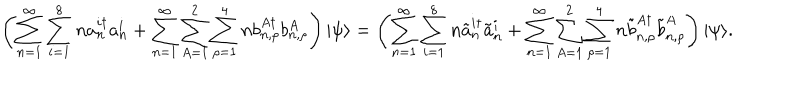
LaTeX: \left( \sum _ { n = 1 } ^ { \infty } \sum _ { i = 1 } ^ { 8 } n a _ { n } ^ { i \dagger } a _ { n } ^ { i } + \sum _ { n = 1 } ^ { \infty } \sum _ { A = 1 } ^ { 2 } \sum _ { \rho = 1 } ^ { 4 } n b _ { n , \rho } ^ { A \dagger } b _ { n , \rho } ^ { A } \right) | \psi \rangle = \left( \sum _ { n = 1 } ^ { \infty } \sum _ { i = 1 } ^ { 8 } n \tilde { a } _ { n } ^ { i \dagger } \tilde { a } _ { n } ^ { i } + \sum _ { n = 1 } ^ { \infty } \sum _ { A = 1 } ^ { 2 } \sum _ { \rho = 1 } ^ { 4 } n \tilde { b } _ { n , \rho } ^ { A \dagger } \tilde { b } _ { n , \rho } ^ { A } \right) | \psi \rangle .